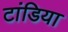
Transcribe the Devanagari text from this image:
टांडिया